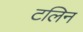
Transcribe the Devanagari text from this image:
टलिन